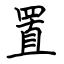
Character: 置